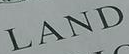
LAND